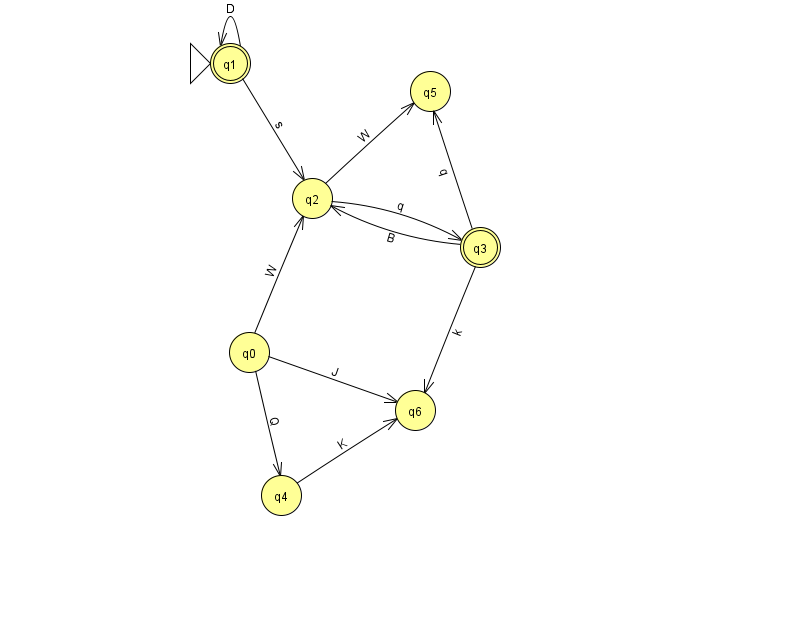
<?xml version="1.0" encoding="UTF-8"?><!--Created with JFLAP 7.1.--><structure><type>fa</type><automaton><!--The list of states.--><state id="0" name="q0"><x>249.0</x><y>339.0</y></state><state id="1" name="q1"><x>230.0</x><y>50.0</y><initial/><final/></state><state id="2" name="q2"><x>312.0</x><y>185.0</y></state><state id="3" name="q3"><x>480.0</x><y>234.0</y><final/></state><state id="4" name="q4"><x>281.0</x><y>482.0</y></state><state id="5" name="q5"><x>430.0</x><y>78.0</y></state><state id="6" name="q6"><x>415.0</x><y>397.0</y></state><!--The list of transitions.--><transition><from>0</from><to>6</to><read>J</read></transition><transition><from>0</from><to>2</to><read>W</read></transition><transition><from>2</from><to>5</to><read>W</read></transition><transition><from>1</from><to>1</to><read>D</read></transition><transition><from>1</from><to>2</to><read>s</read></transition><transition><from>3</from><to>5</to><read>q</read></transition><transition><from>3</from><to>6</to><read>k</read></transition><transition><from>4</from><to>6</to><read>K</read></transition><transition><from>0</from><to>4</to><read>Q</read></transition><transition><from>2</from><to>3</to><read>q</read></transition><transition><from>3</from><to>2</to><read>B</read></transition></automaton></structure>